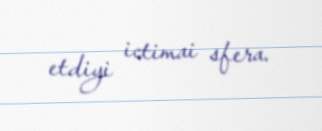
etdiyi ictimai sfera.